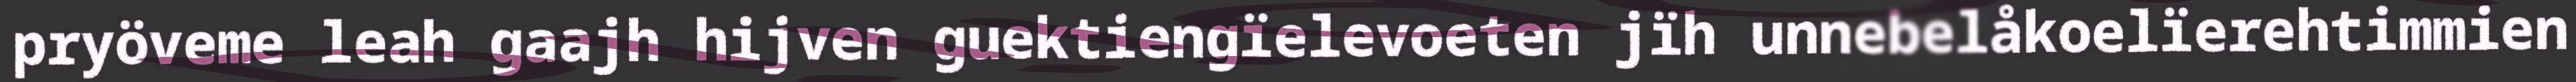
pryöveme leah gaajh hijven guektiengïelevoeten jïh unnebelåkoelïerehtimmien